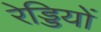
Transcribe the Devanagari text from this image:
रेड्डियों